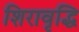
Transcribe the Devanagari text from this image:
शिरावृद्धि